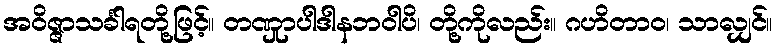
အဝိဇ္ဇာသင်္ခါရတို့ဖြင့်။ တဏှုာပါဒါနဘဝါပိ၊ တို့ကိုလည်း။ ဂဟိတာဝ၊ သာလျှင်။